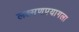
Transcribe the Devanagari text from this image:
लक्ष्मणप्रयागला